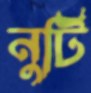
নুটি